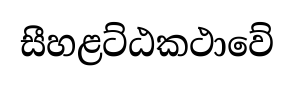
සීහළට්ඨකථාවේ